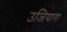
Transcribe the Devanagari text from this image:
उजियारा